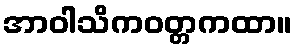
အာဝါသိကဝတ္တကထာ။